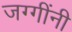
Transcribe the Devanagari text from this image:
जग्गींनी